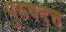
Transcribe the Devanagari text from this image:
पुरुषदत्त